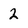
Character: 2